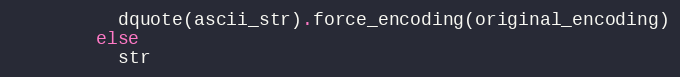
Language: Ruby
          dquote(ascii_str).force_encoding(original_encoding)
        else
          str